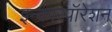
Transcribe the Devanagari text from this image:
इन्कारपॉरेशन